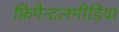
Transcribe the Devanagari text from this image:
फ्रिमैन्टलमीडिया